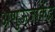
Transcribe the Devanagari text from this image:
अणुऊर्जाकेंद्र